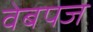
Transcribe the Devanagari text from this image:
वेबपज